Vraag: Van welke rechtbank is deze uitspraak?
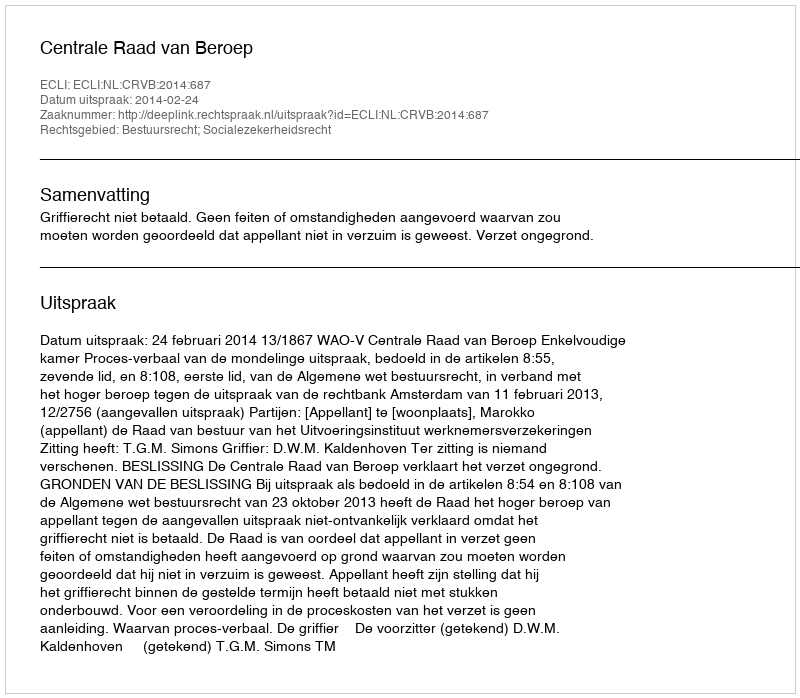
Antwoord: Centrale Raad van Beroep